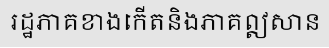
រដ្ឋភាគខាងកើតនិងភាគឦសាន